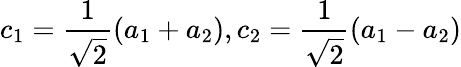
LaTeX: \displaystyle{c_{1}=\frac{1}{\sqrt 2}\left(a_{1}+a_{2}\right),c_{2}=\frac{1}{\sqrt 2}\left(a_{1}-a_{2}\right)}